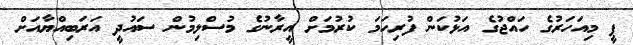
ޕީ މިއަހަރުގެ ހައްޖުގެ އަޅުކަން ފުރިހަމަ ކުރުމަށް އީރާނުގެ މުސްލިމުން ސައުދީ އަރަބިއްޔާއަށް